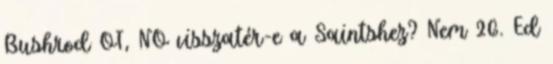
Bushrod OT, NO visszatér-e a Saintshez? Nem 26. Ed